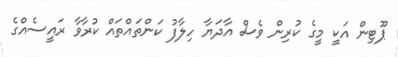
ޕޫޓިން އަކީ މީގެ ކުރިން ވެސް އާދަޔާ ހިލާފު ކަންތައްތައް ކުރާވާ ރައީސެއްގެ